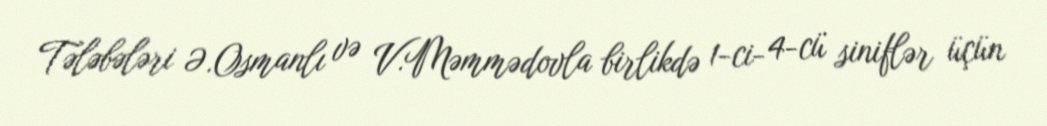
Tələbələri Ə.Osmanlı və V.Məmmədovla birlikdə 1-ci- 4-cü siniflər üçün